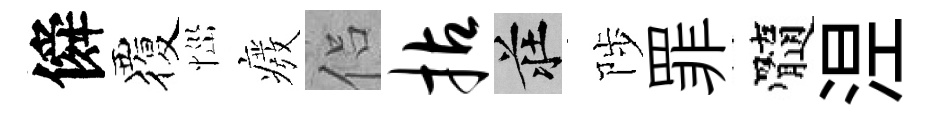
僢覆𢙉癈侣拈莊陟罪髓𣵀